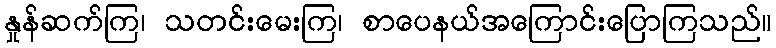
နှုန်ဆက်ကြ၊ သတင်းမေးကြ၊ စာပေနယ်အကြောင်းပြောကြသည်။